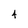
Character: 4